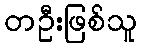
တဦးဖြစ်သူ